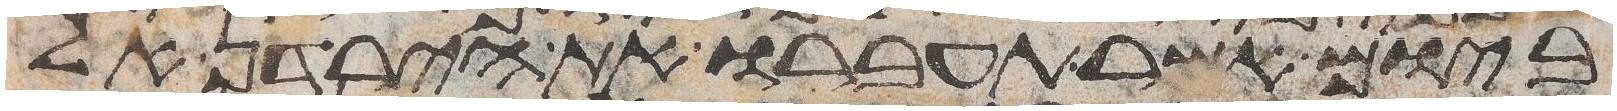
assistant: ביום אשר תעברו את הירדן אל